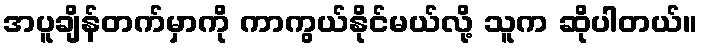
အပူချိန်တက်မှာကို ကာကွယ်နိုင်မယ်လို့ သူက ဆိုပါတယ်။